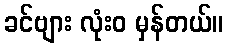
ခင်ဗျား လုံးဝ မှန်တယ်။